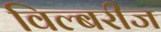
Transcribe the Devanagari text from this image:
विल्बरीज